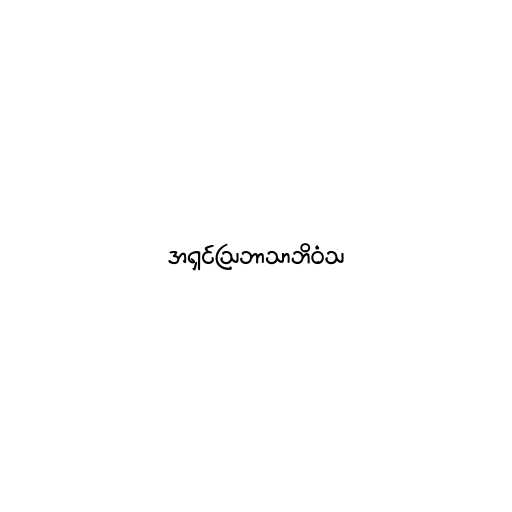
အရှင်သြဘာသာဘိဝံသ